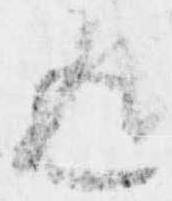
返